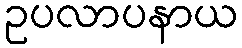
ဥပလာပနာယ